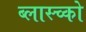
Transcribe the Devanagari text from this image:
ब्लास्च्को